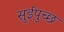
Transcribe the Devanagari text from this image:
सुईपुच्छ